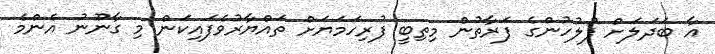
އާ ބަދަލަށް ފުލުހުންގެ ފަރާތުން މިތިބީ ފުރިހަމަޔަށް ތައްޔާރުވެފައިކަން މި ގާނޫނު އެންމެ